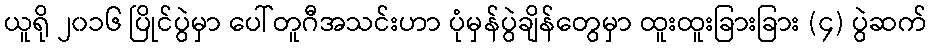
ယူရို ၂၀၁၆ ပြိုင်ပွဲမှာ ပေါ်တူဂီအသင်းဟာ ပုံမှန်ပွဲချိန်တွေမှာ ထူးထူးခြားခြား (၄) ပွဲဆက်